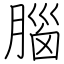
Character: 腦